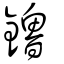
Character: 鑥